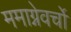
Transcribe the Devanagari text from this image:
ममाग्नेवर्चो